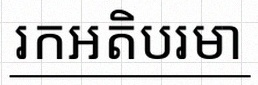
រកអតិបរមា